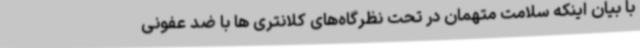
با بیان اینکه سلامت متهمان در تحت نظرگاه‌های کلانتری ها با ضد عفونی